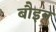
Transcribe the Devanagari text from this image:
बौइन